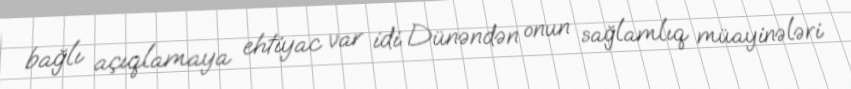
bağlı açıqlamaya ehtiyac var idi. Dünəndən onun sağlamlıq müayinələri